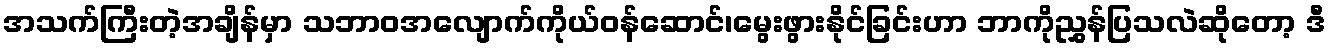
အသက်ကြီးတဲ့အချိန်မှာ သဘာဝအလျောက်ကိုယ်ဝန်ဆောင်၊မွေးဖွားနိုင်ခြင်းဟာ ဘာကိုညွှန်ပြသလဲဆိုတော့ ဒီ